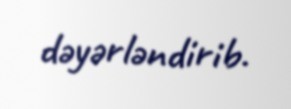
dəyərləndirib.